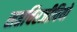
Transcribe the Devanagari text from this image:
सप्तचिरजीवियों